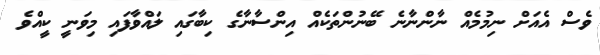
ވެސް އެއަށް ނިމުމެއް ނާންނާނެ ބޭނުންތަކެއް އިންސާނާގެ ކިބާގައި ލައްވާފައި މިވަނީ ކީއްވެ